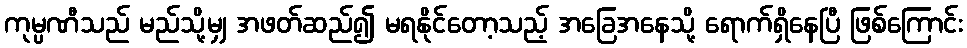
ကုမ္ပဏီသည် မည်သို့မျှ အဖတ်ဆည်၍ မရနိုင်တော့သည့် အခြေအနေသို့ ရောက်ရှိနေပြီ ဖြစ်ကြောင်း